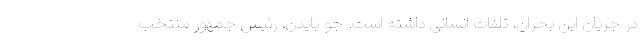
در جریان این بحران، تلفات انسانی داشته است. جو بایدن، رئیس جمهور منتخب